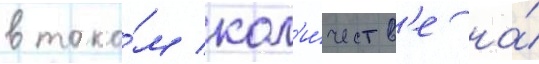
в тако́м кол'и́честв'е на́